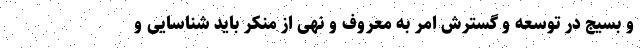
و بسیج در توسعه و گسترش امر به معروف و نهی از منکر باید شناسایی و